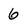
Character: 6